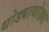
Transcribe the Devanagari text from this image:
थोड्याथोड्या